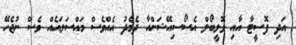
އަދި ފޮސީޓާ އާއި ވޮލީބޯލް އެސޯސިއޭޝަންއާ ދެމެދު އެއްވެސް މައްސަލައެއް ވެސް ނުޖެހޭ